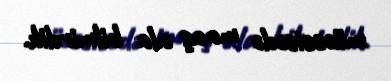
müəssisədə maaş ala bilmirdik.